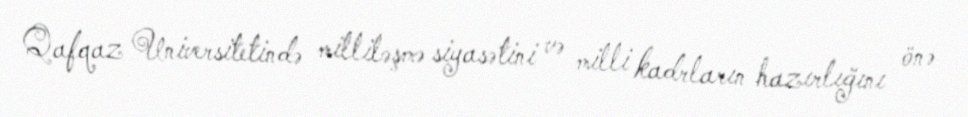
Qafqaz Universitetində milliləşmə siyasətini və milli kadrların hazırlığını önə